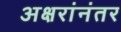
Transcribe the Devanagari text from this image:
अक्षरांनंतर